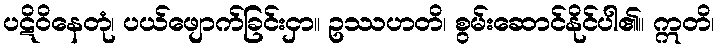
ပဋိဝိနေတုံ၊ ပယ်ဖျောက်ခြင်းငှာ။ ဥဿဟတိ၊ စွမ်းဆောင်နိုင်ပါ၏။ ဣတိ၊